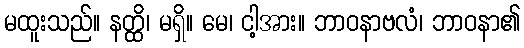
မထူးသည်။ နတ္ထိ၊ မရှိ။ မေ၊ ငါ့အား။ ဘာဝနာဗလံ၊ ဘာဝနာ၏